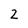
Character: 2